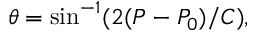
\theta = \mathrm { s i n } ^ { - 1 } ( 2 ( P - P _ { 0 } ) / C ) ,